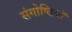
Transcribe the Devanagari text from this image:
संगोष्ठियॉ